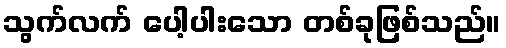
သွက်လက် ပေါ့ပါးသော တစ်ခုဖြစ်သည်။